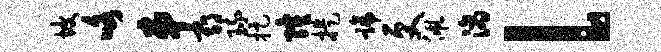
坡咯串期琉捉隆提蹄更佩滴l